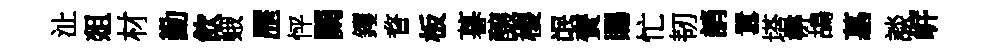
沚爼材勤飲蛾歴怦闕钁瞀板暮醸稷氓賚賜忙韧誚囂塔楙鴣墓談㟁